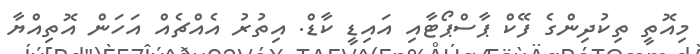
މިއޮތީ ތިކުދިންގެ ފޭކް ޕާސްޕޯޓާއި އައިޑީ ކާޑް. އިތުރު އެއްޗެއް އަހަން އޮތިއްޔާ